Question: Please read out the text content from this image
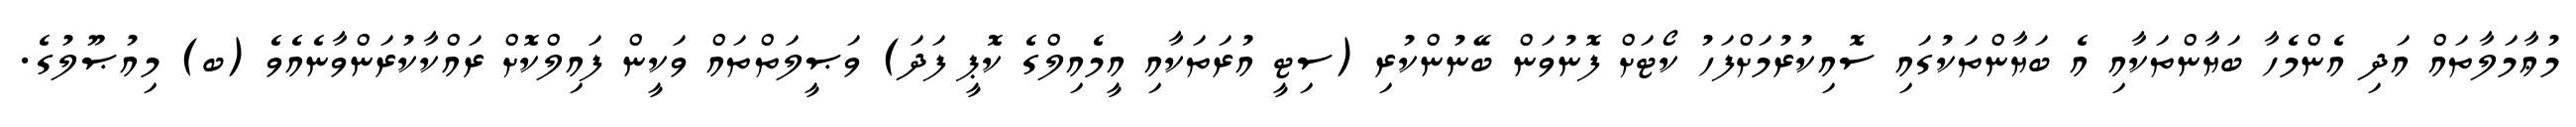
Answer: މުޢާމަލާތައް އަދި އެންމެހާ ބަޔާންތަކާއި އެ ބަޔާންތަކުގައި ސޮއިކުރުމަށްފަހު ކޯޓަށް ފޮނުވަން ބޭނުންކުރި (ސިޓީ އުރަތަކާއި އީމެއިލްގެ ކޮޕީ ފަދަ) ވަޞީލަތްތައް ވަކީން ފައިލްކޮށް ރައްކާކުރަންވާނެއެވެ (ބ) މިއުޞޫލުގެ.